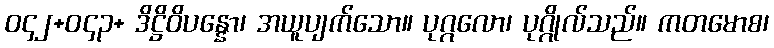
ဝ၄၂+ဝ၄၃+ ဒိဋ္ဌိဝိပန္နော၊ အယူပျက်သော။ ပုဂ္ဂလော၊ ပုဂ္ဂိုလ်သည်။ ကတမောစ၊